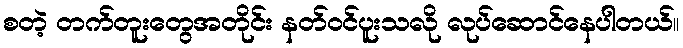
စတဲ့ တက်တူးတွေအတိုင်း နတ်ဝင်ပူးသလို လုပ်ဆောင်နေပါတယ်။